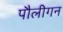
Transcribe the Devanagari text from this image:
पौलीगन